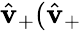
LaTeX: \hat{\mathbf{v}}_{+}(\hat{\mathbf{v}}_{+}